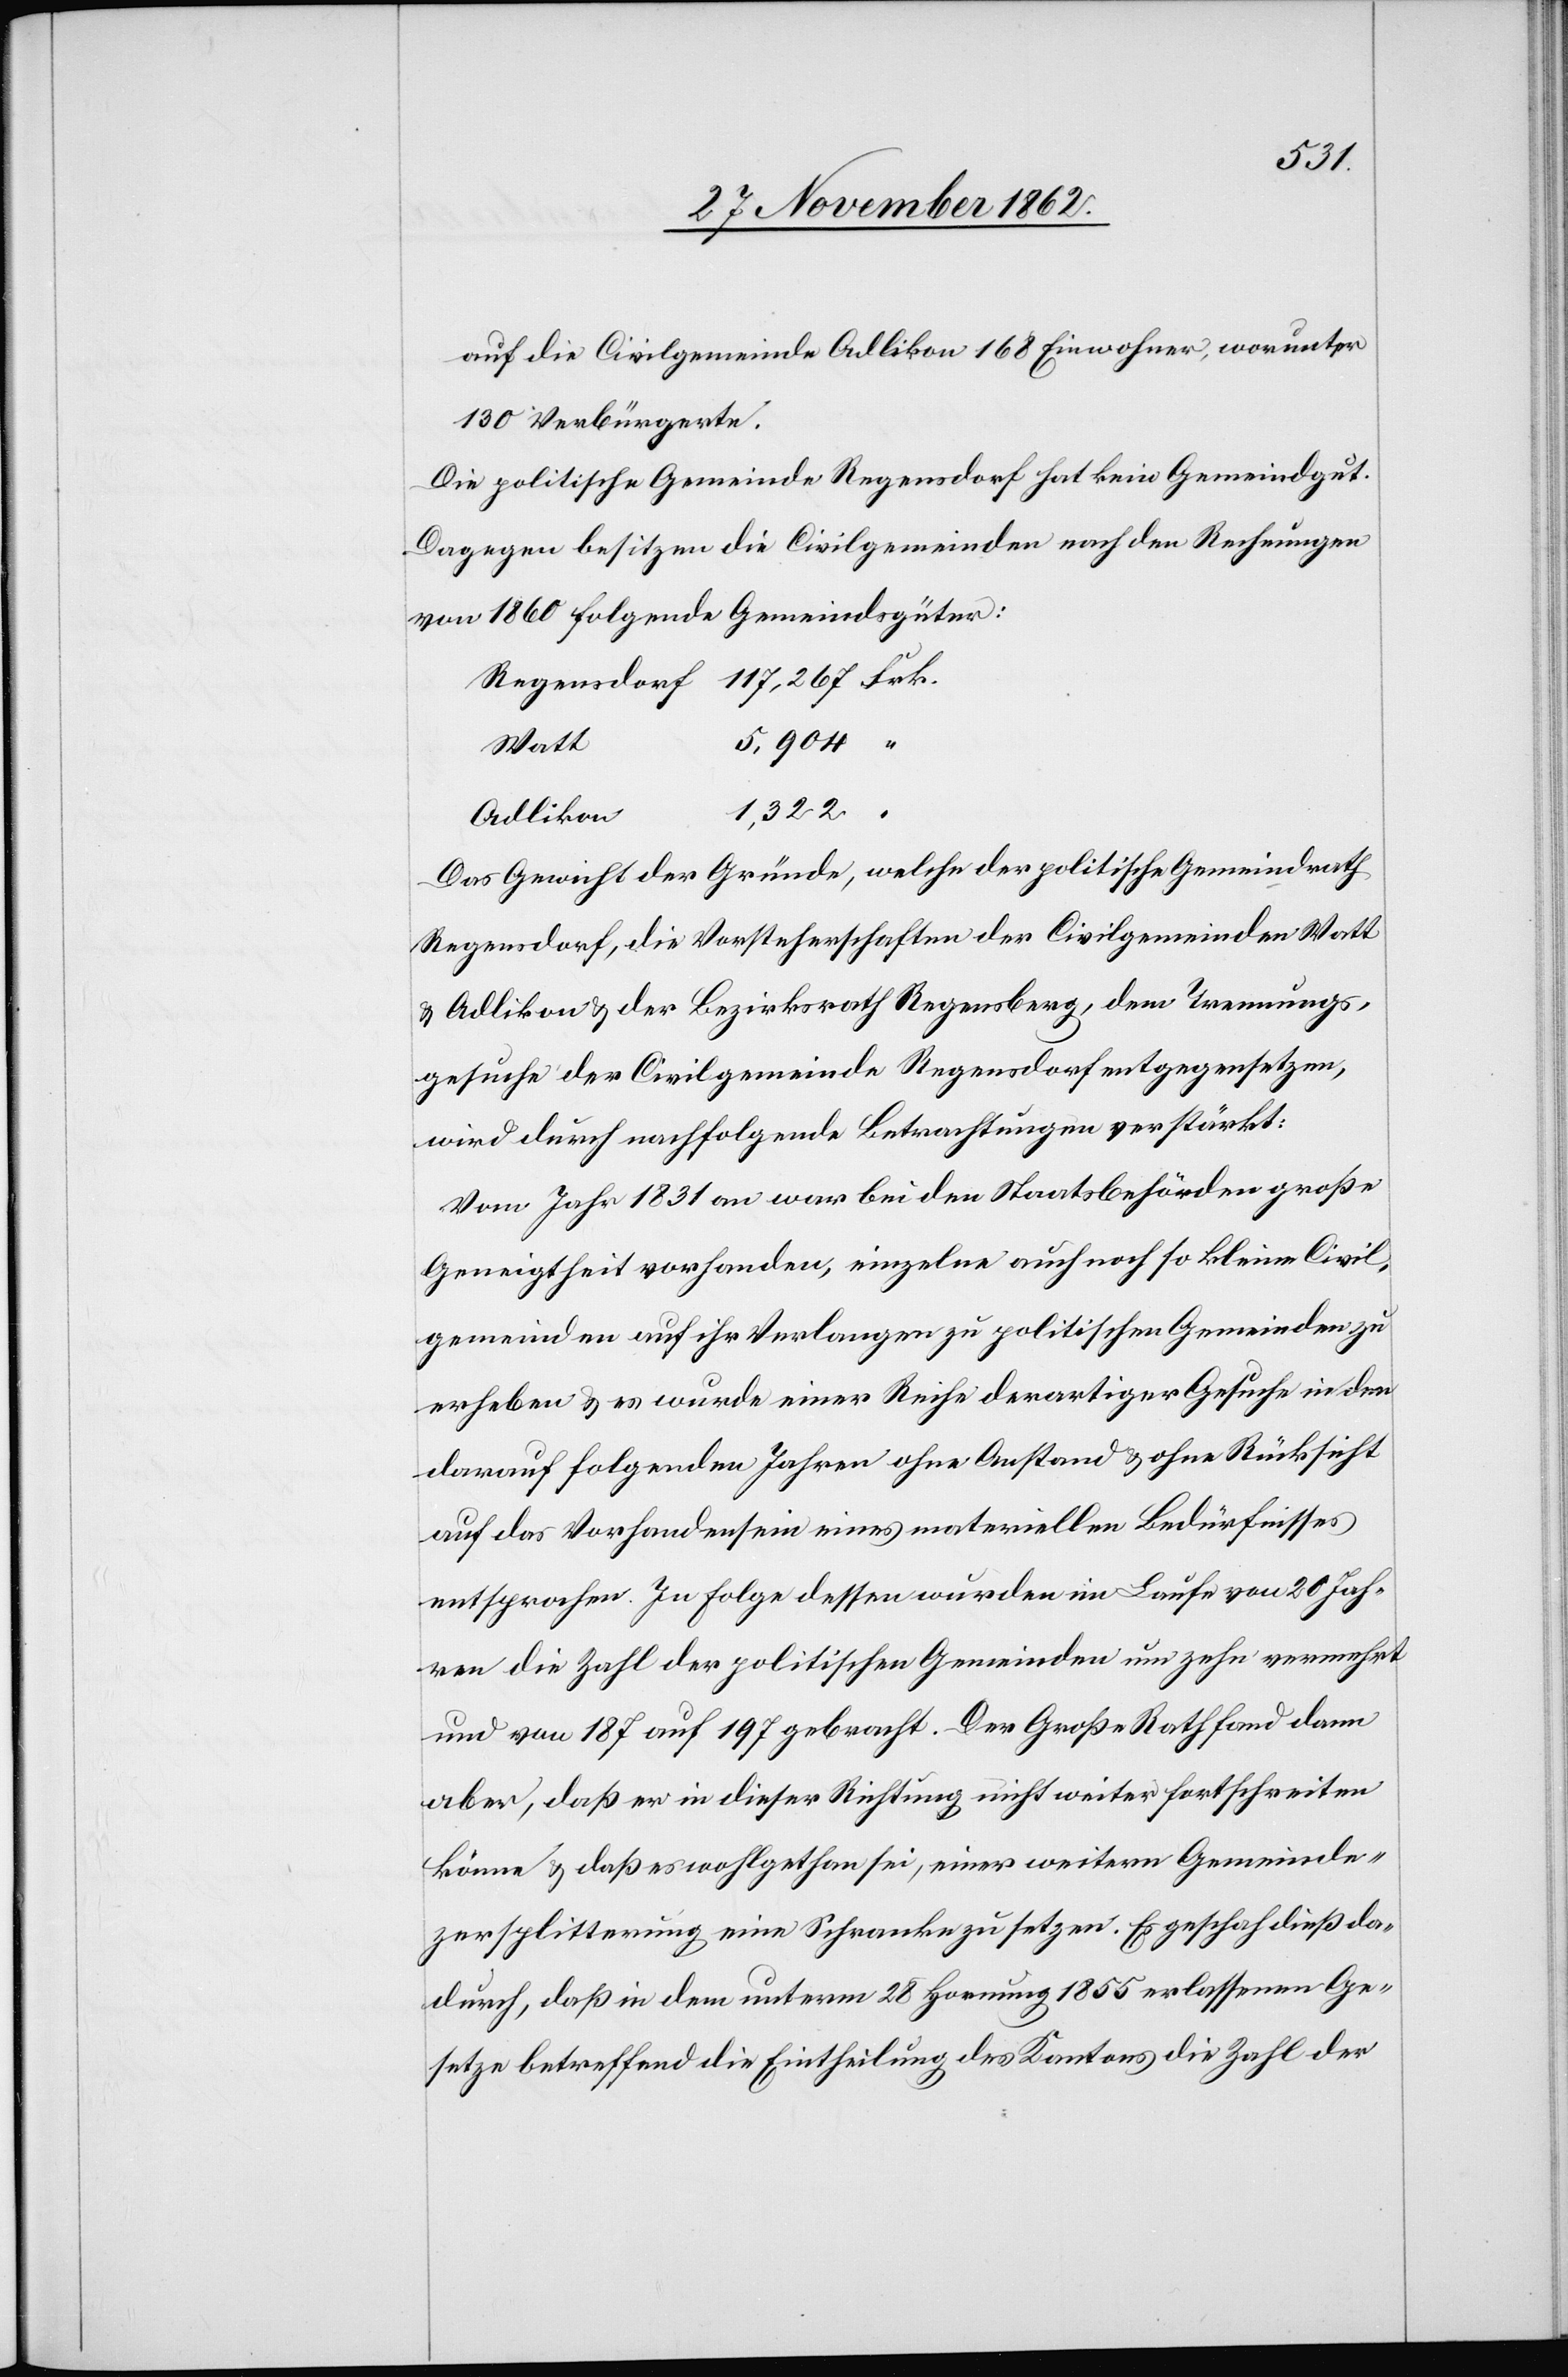
Frk.
auf die Civilgemeinde Adlikon 168 Einwohner, worunter
130 Verbürgerte.
Die politische Gemeinde Regensdorf hat kein Gemeindgut.
Dagegen besitzen die Civilgemeinden nach den Rechnungen
von 1860 folgende Gemeindsgüter:
Watt
der
Adlikon
Das Gewicht der Gründe, welche der politische Gemeindrath,
u. Adlikon u. der Bezirksrath Regensberg, dem Trennungs¬
gesuche der Civilgemeinde Regensdorf entgegensetzen,
wird durch nachfolgende Betrachtungen verstärkt:
Vom Jahr 1831 an war bei den Staatsbehörden große
Geneigtheit vorhanden, einzelne auch noch so kleine Civil¬
gemeinden auf ihr Verlangen zu politischen Gemeinden zu
erheben u. es wurde einer Reihe derartiger Gesuche in den
darauf folgenden Jahren ohne Anstand u. ohne Rücksicht
auf das Vorhandensein eines materiellen Bedürfnisses
entsprochen. In Folge dessen wurde im Laufe von 20 Jah¬
ren die Zahl der politischen Gemeinden um zehn vermehrt
und von 187 auf 197 gebracht. Der Große Rath fand dann
aber, daß er in dieser Richtung nicht weiter fortschreiten
könne u. daß es wohlgethan sei, einer weitern Gemeinde¬
zersplitterung eine Schranke zu setzen. Es geschah dieß da¬
durch, daß in dem unterm 28 Hornung 1855 erlassenen Ge¬
setze betreffend die Eintheilung des Kantons die Zahl der